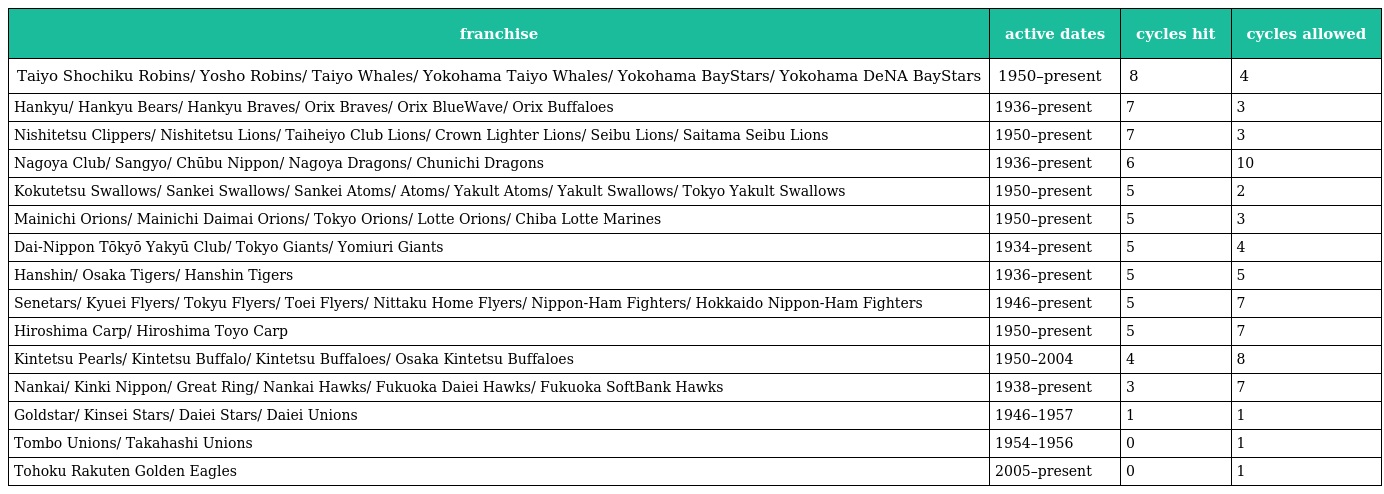
| franchise | active dates | cycles hit | cycles allowed |
 | --- | --- | --- | --- |
 | Taiyo Shochiku Robins/ Yosho Robins/ Taiyo Whales/ Yokohama Taiyo Whales/ Yokohama BayStars/ Yokohama DeNA BayStars | 1950–present | 8 | 4 |
 | Hankyu/ Hankyu Bears/ Hankyu Braves/ Orix Braves/ Orix BlueWave/ Orix Buffaloes | 1936–present | 7 | 3 |
 | Nishitetsu Clippers/ Nishitetsu Lions/ Taiheiyo Club Lions/ Crown Lighter Lions/ Seibu Lions/ Saitama Seibu Lions | 1950–present | 7 | 3 |
 | Nagoya Club/ Sangyo/ Chūbu Nippon/ Nagoya Dragons/ Chunichi Dragons | 1936–present | 6 | 10 |
 | Kokutetsu Swallows/ Sankei Swallows/ Sankei Atoms/ Atoms/ Yakult Atoms/ Yakult Swallows/ Tokyo Yakult Swallows | 1950–present | 5 | 2 |
 | Mainichi Orions/ Mainichi Daimai Orions/ Tokyo Orions/ Lotte Orions/ Chiba Lotte Marines | 1950–present | 5 | 3 |
 | Dai-Nippon Tōkyō Yakyū Club/ Tokyo Giants/ Yomiuri Giants | 1934–present | 5 | 4 |
 | Hanshin/ Osaka Tigers/ Hanshin Tigers | 1936–present | 5 | 5 |
 | Senetars/ Kyuei Flyers/ Tokyu Flyers/ Toei Flyers/ Nittaku Home Flyers/ Nippon-Ham Fighters/ Hokkaido Nippon-Ham Fighters | 1946–present | 5 | 7 |
 | Hiroshima Carp/ Hiroshima Toyo Carp | 1950–present | 5 | 7 |
 | Kintetsu Pearls/ Kintetsu Buffalo/ Kintetsu Buffaloes/ Osaka Kintetsu Buffaloes | 1950–2004 | 4 | 8 |
 | Nankai/ Kinki Nippon/ Great Ring/ Nankai Hawks/ Fukuoka Daiei Hawks/ Fukuoka SoftBank Hawks | 1938–present | 3 | 7 |
 | Goldstar/ Kinsei Stars/ Daiei Stars/ Daiei Unions | 1946–1957 | 1 | 1 |
 | Tombo Unions/ Takahashi Unions | 1954–1956 | 0 | 1 |
 | Tohoku Rakuten Golden Eagles | 2005–present | 0 | 1 |